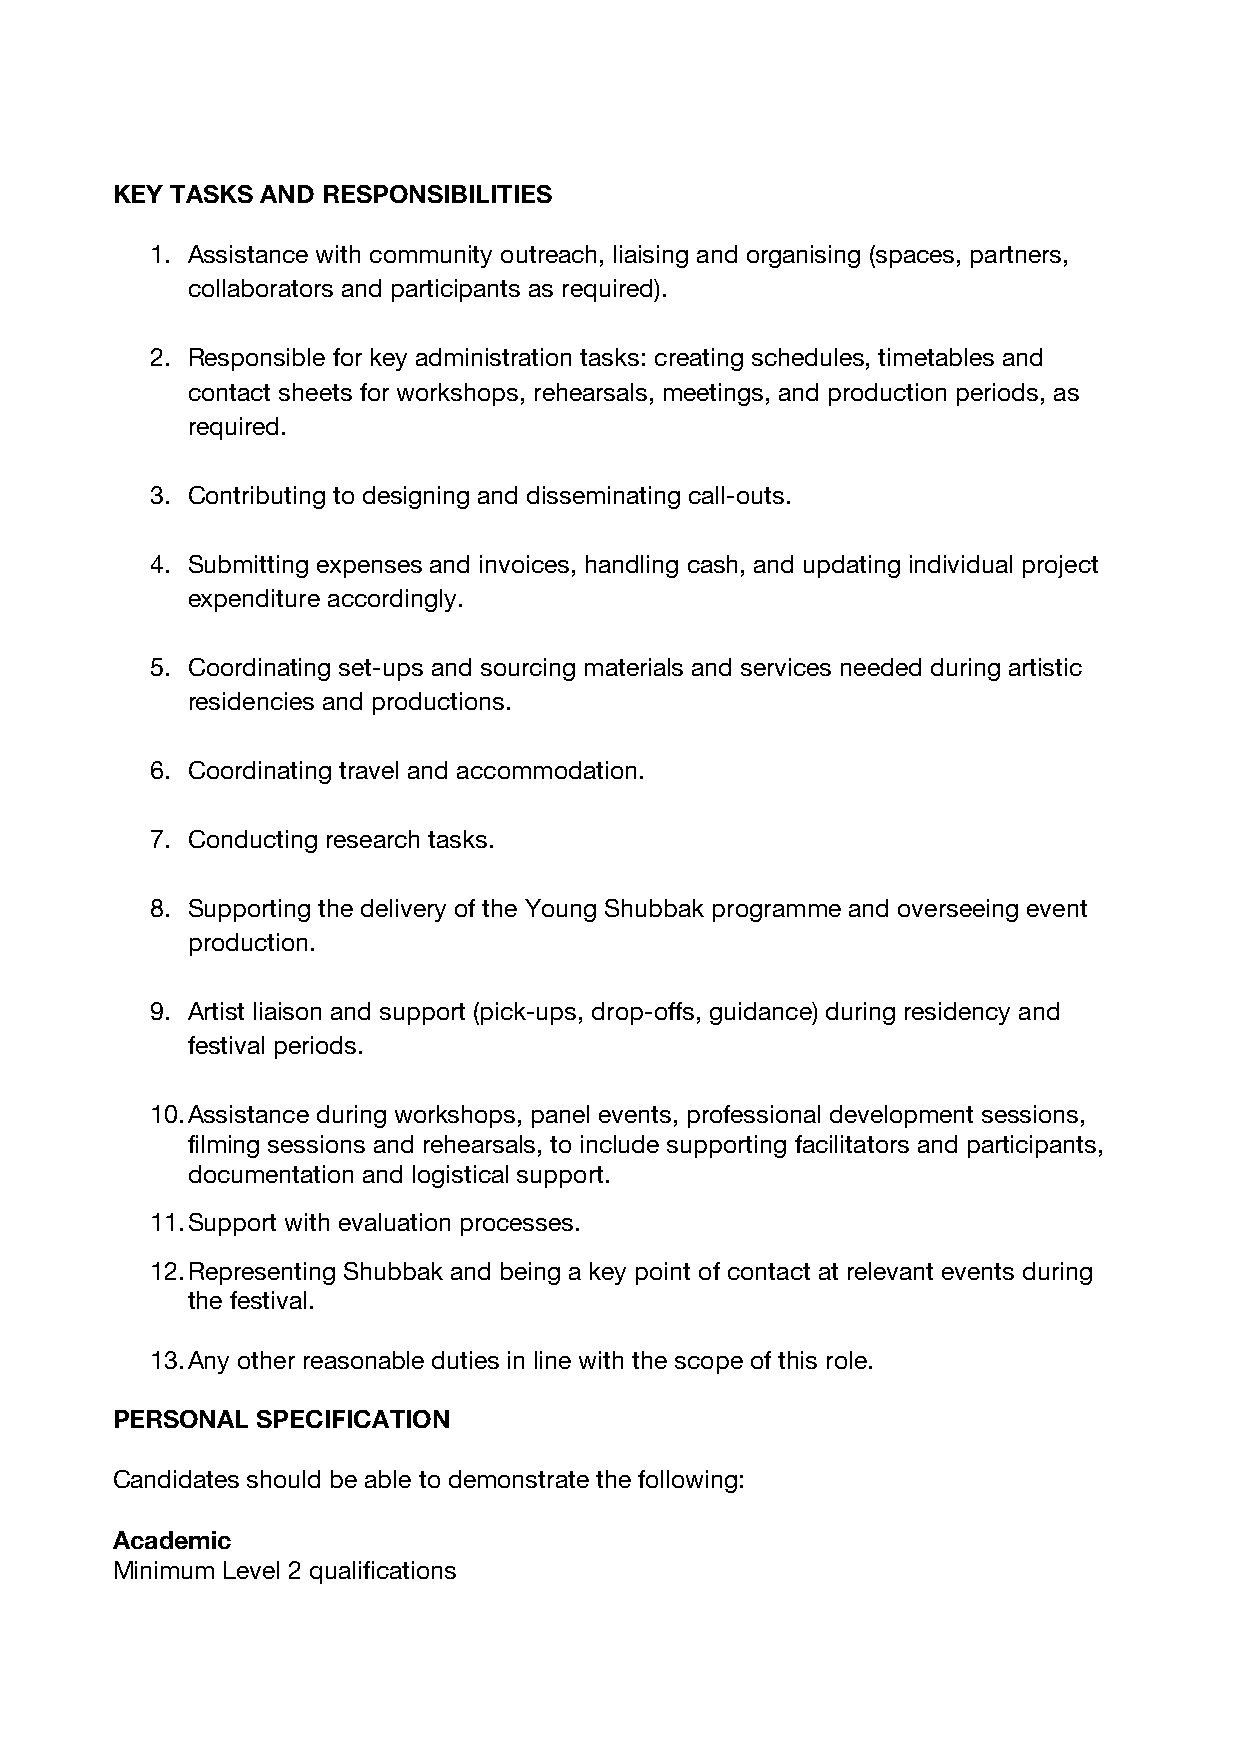
KEY TASKS AND RESPONSIBILITIES
 1. Assistance with community outreach, liaising and organising (spaces, partners,
 collaborators and participants as required).
 2. Responsible for key administration tasks: creating schedules, timetables and
 contact sheets for workshops, rehearsals, meetings, and production periods, as
 required.
 3. Contributing to designing and disseminating call-outs.
 4. Submitting expenses and invoices, handling cash, and updating individual project
 expenditure accordingly.
 5. Coordinating set-ups and sourcing materials and services needed during artistic
 residencies and productions.
 6. Coordinating travel and accommodation.
 7. Conducting research tasks.
 8. Supporting the delivery of the Young Shubbak programme and overseeing event
 production.
 9. Artist liaison and support (pick-ups, drop-offs, guidance) during residency and
 festival periods.
 10.Assistance during workshops, panel events, professional development sessions,
 filming sessions and rehearsals, to include supporting facilitators and participants,
 documentation and logistical support.
 11.Support with evaluation processes.
 12.Representing Shubbak and being a key point of contact at relevant events during
 the festival.
 13.Any other reasonable duties in line with the scope of this role.
 PERSONAL  SPECIFICATION
 Candidates should be able to demonstrate the following:
 Academic
 Minimum Level 2 qualifications